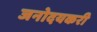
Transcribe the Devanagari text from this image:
जनोदयकरी